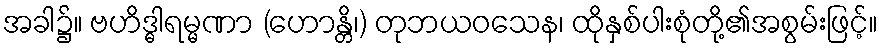
အခါ၌။ ဗဟိဒ္ဓါရမ္မဏာ (ဟောန္တိ၊) တုဘယဝသေန၊ ထိုနှစ်ပါးစုံတို့၏အစွမ်းဖြင့်။